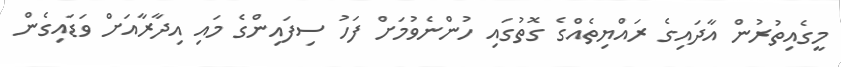
މީގެއިތުރުން އާދައިގެ ރައްޔިތެއްގެ ގޮތުގައި ހުންނެވުމަށް ފަހު ސިފައިންގެ މައި އިދާރާއަށް ވަޑައިގެން